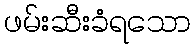
ဖမ်းဆီးခံရသော